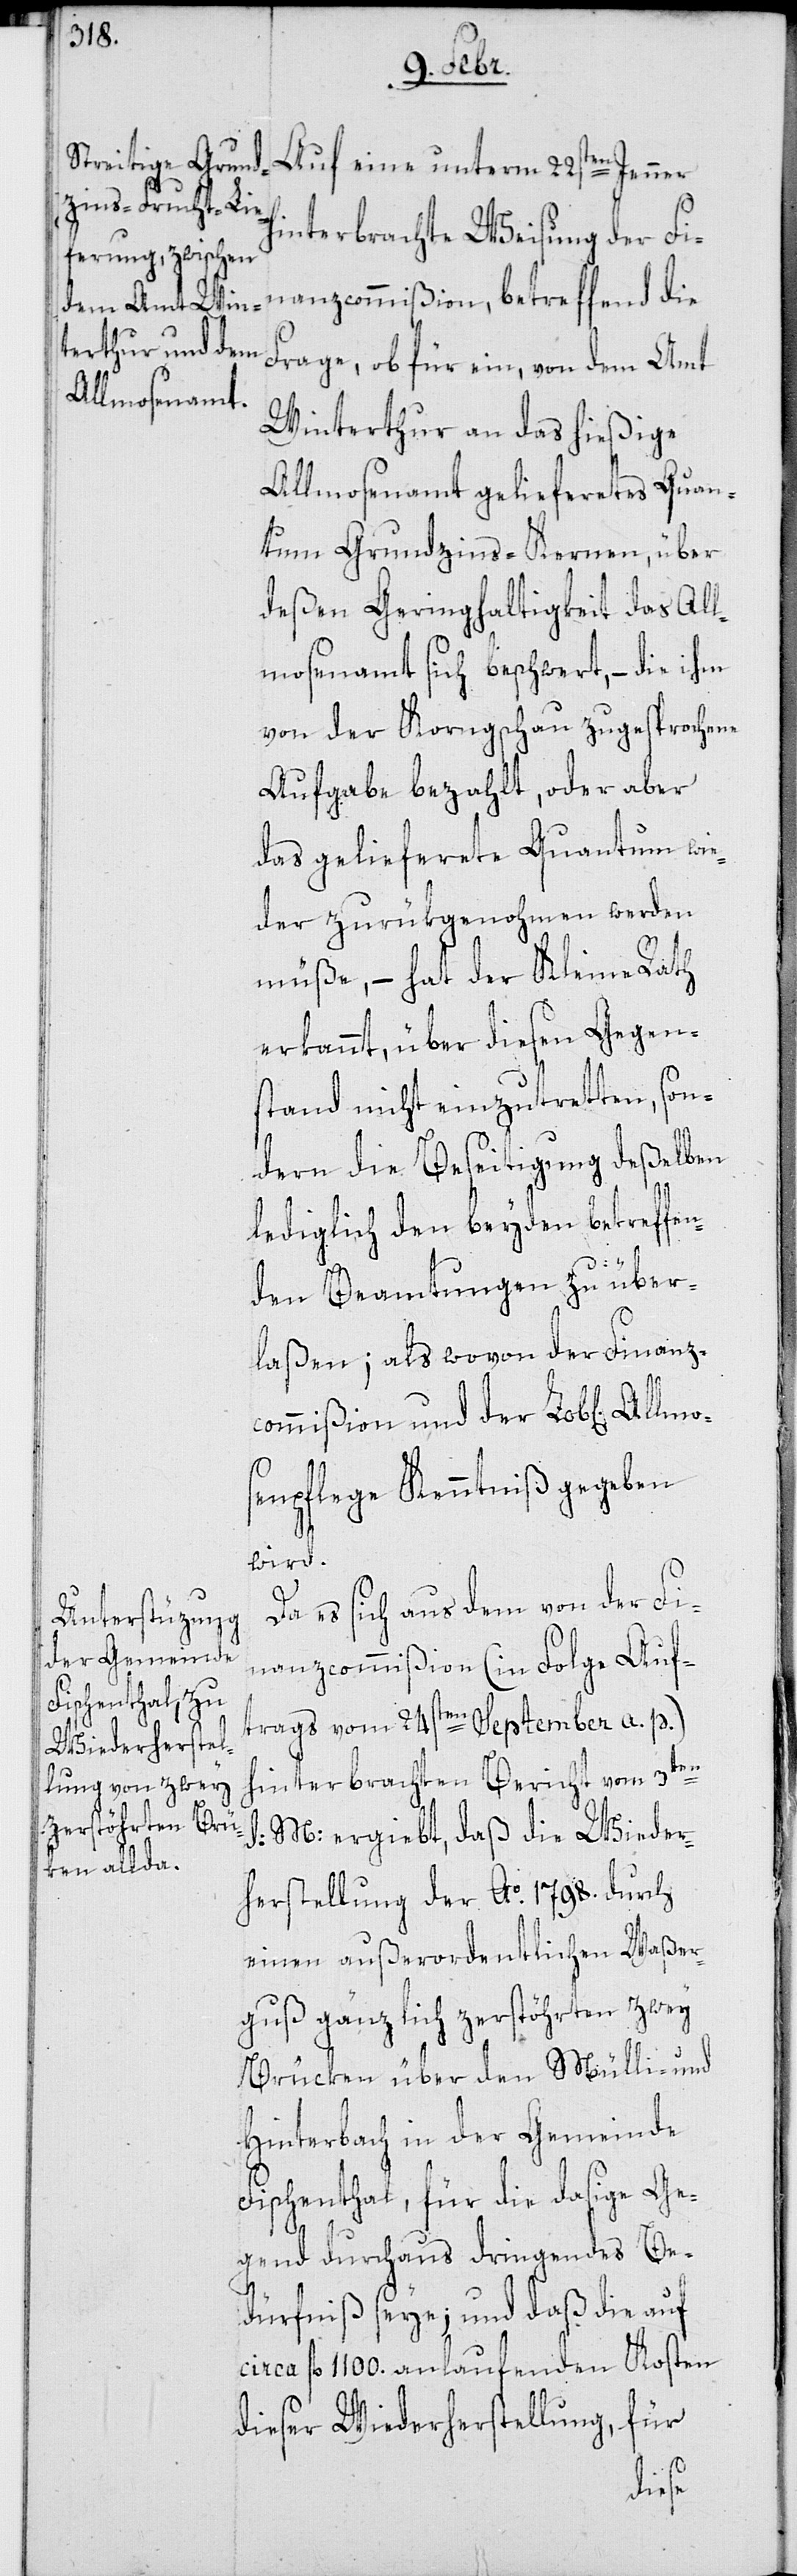
Auf eine unterm 22sten Jenner
hinterbrachte Weisung der Fi¬
nanzcommißion, betreffend die
Frage, ob für ein, von dem Amt
Winterthur an das hießige
Allmosenamt geliefertes Quan¬
tum Grundzins-Kernen, über
deßen Geringhaltigkeit das All¬
mosenamt sich beschwert, – die ihm
von der Korngschau zugesprochene
Aufgabe bezahlt, oder aber
das gelieferete Quantum wie¬
der zurükgenohmen werden
müße, – hat der Kleine Rath
erkannt, über diesen Gegen¬
stand nicht einzutretten, son¬
dern die Beseitigung deßelben
lediglich den beyden betreffe¬
nden Beamtungen zu über¬
laßen; als wovon der Finanz¬
commißion und der Lob[lichen]
mo¬
senpflege Kenntniß gegeben
wird.
Da es sich aus dem von der Fi¬
nanzcommißion (in Folge Auf¬
trags vom 24sten September a. p.)
hinterbrachten Bericht vom 3ten
M: ergiebt, daß die Wieder¬
herstellung der Ao 1798. durch
einen außerordentlichen Waßer¬
guß gänzlich zerstöhrten zwey
Brücken über den Mülli- und
Hinterbach in der Gemeinde
Fischenthal, für die dasige Ge¬
gend durchaus dringendes Be¬
dürfniß seye; und daß die auf
circa fl. 1100 anlaufenden Kosten
dieser Wiederherstellung, für